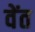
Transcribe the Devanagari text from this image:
वेंत